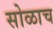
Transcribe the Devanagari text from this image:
सोळाच